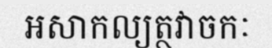
អសាកល្យត្ថវាចកៈ